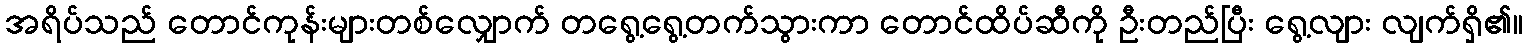
အရိပ်သည် တောင်ကုန်းများတစ်လျှောက် တရွေ့ရွေ့တက်သွားကာ တောင်ထိပ်ဆီကို ဦးတည်ပြီး ရွေ့လျား လျက်ရှိ၏။